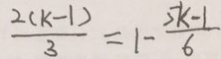
\frac { 2 ( k - 1 ) } { 3 } = 1 - \frac { 5 k - 1 } { 6 }